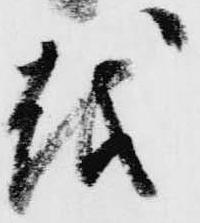
越